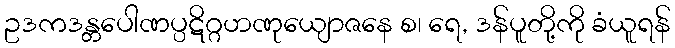
ဥဒကဒန္တပေါဏပ္ပဋိဂ္ဂဟဏုယျောဇနေ စ၊ ရေ, ဒန်ပူတို့ကို ခံယူရန်